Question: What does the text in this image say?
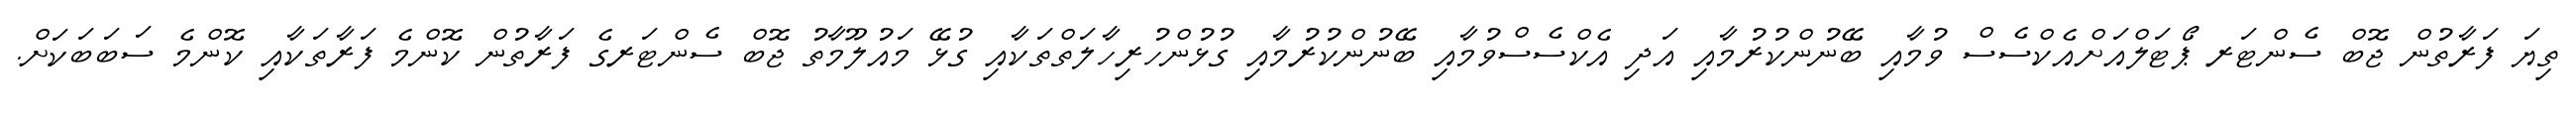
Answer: ތިޔަ ފަރާތުން ޖޮބް ސެންޓަރ ޕޯޓަލްއަށްއެކްސެސް ވުމާއި ބޭނުންކުރުމާއި އަދި އެކްސެސްވުމާއި ބޭނުންކުރުމާއި ގުޅުންހުރިހާލަތްތަކާއި ގުޅޭ މައުލޫމާތު ޖޮބް ސެންޓަރގެ ފަރާތުން ކޮންމެ ފަރާތަކާއި ކޮންމެ ސަބަބަކަށް.